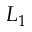
L _ { 1 }